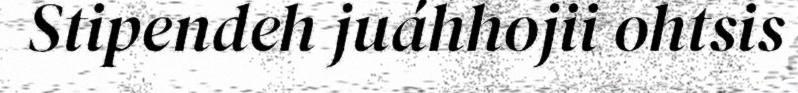
Stipendeh juáhhojii ohtsis